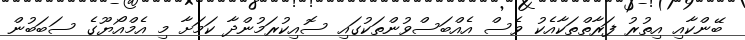
ބޭންކާއި އިތުރު ފަރާތްތަކާއެކު ވެސް އެއްބަސްވުންތަކުގައި ސޮއިކުރަމުންދާ ކަމަށާ މި އެމްއޯޔޫގެ ސަބަބުން